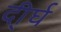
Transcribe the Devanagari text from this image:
दी्र्घ